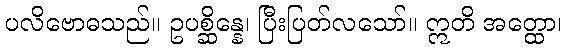
ပလိဗောဓသည်။ ဥပစ္ဆိန္နေ၊ ပြီးပြတ်လသော်။ ဣတိ အတ္ထော၊